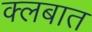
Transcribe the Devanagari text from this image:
क्लबात